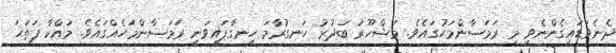
ދެނެވަޑައިގެންނެވީ މި ރަމަޟާންމަހުގައެވެ. މަޝްހޫރު ބަދުރު ހަނގުރާމަ ހިނގާފައިވަނީ ރަމަޟާންމަހެއްގައެވެ. މައްކާ ފަތަޙަ